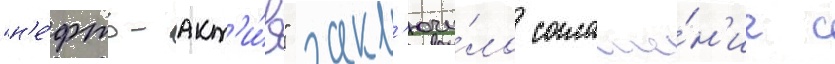
"н'е́фть-акт'и́в" закл'ючи́ло соглаше́н'ие с